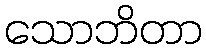
သောဘိတာ